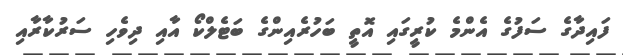
ފައިދާގެ ސަފުގެ އެންމެ ކުރީގައި އޮތީ ބަހުރެއިންގެ ބަޓެލްކޯ އާއި ދިވެހި ސަރުކާރާއި